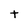
Character: t